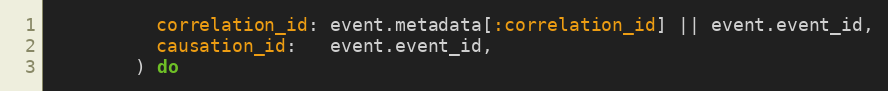
Language: Ruby
          correlation_id: event.metadata[:correlation_id] || event.event_id,
          causation_id:   event.event_id,
        ) do